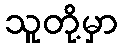
သူတို့မှာ